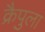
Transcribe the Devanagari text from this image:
क्रैपुला